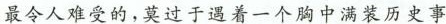
最令人难受的，莫过于遇着一个胸中满装历史事